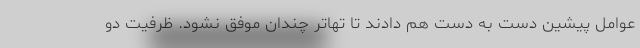
عوامل پیشین دست به دست هم دادند تا تهاتر چندان موفق نشود. ظرفیت دو